Juri_Uluots, lk 6
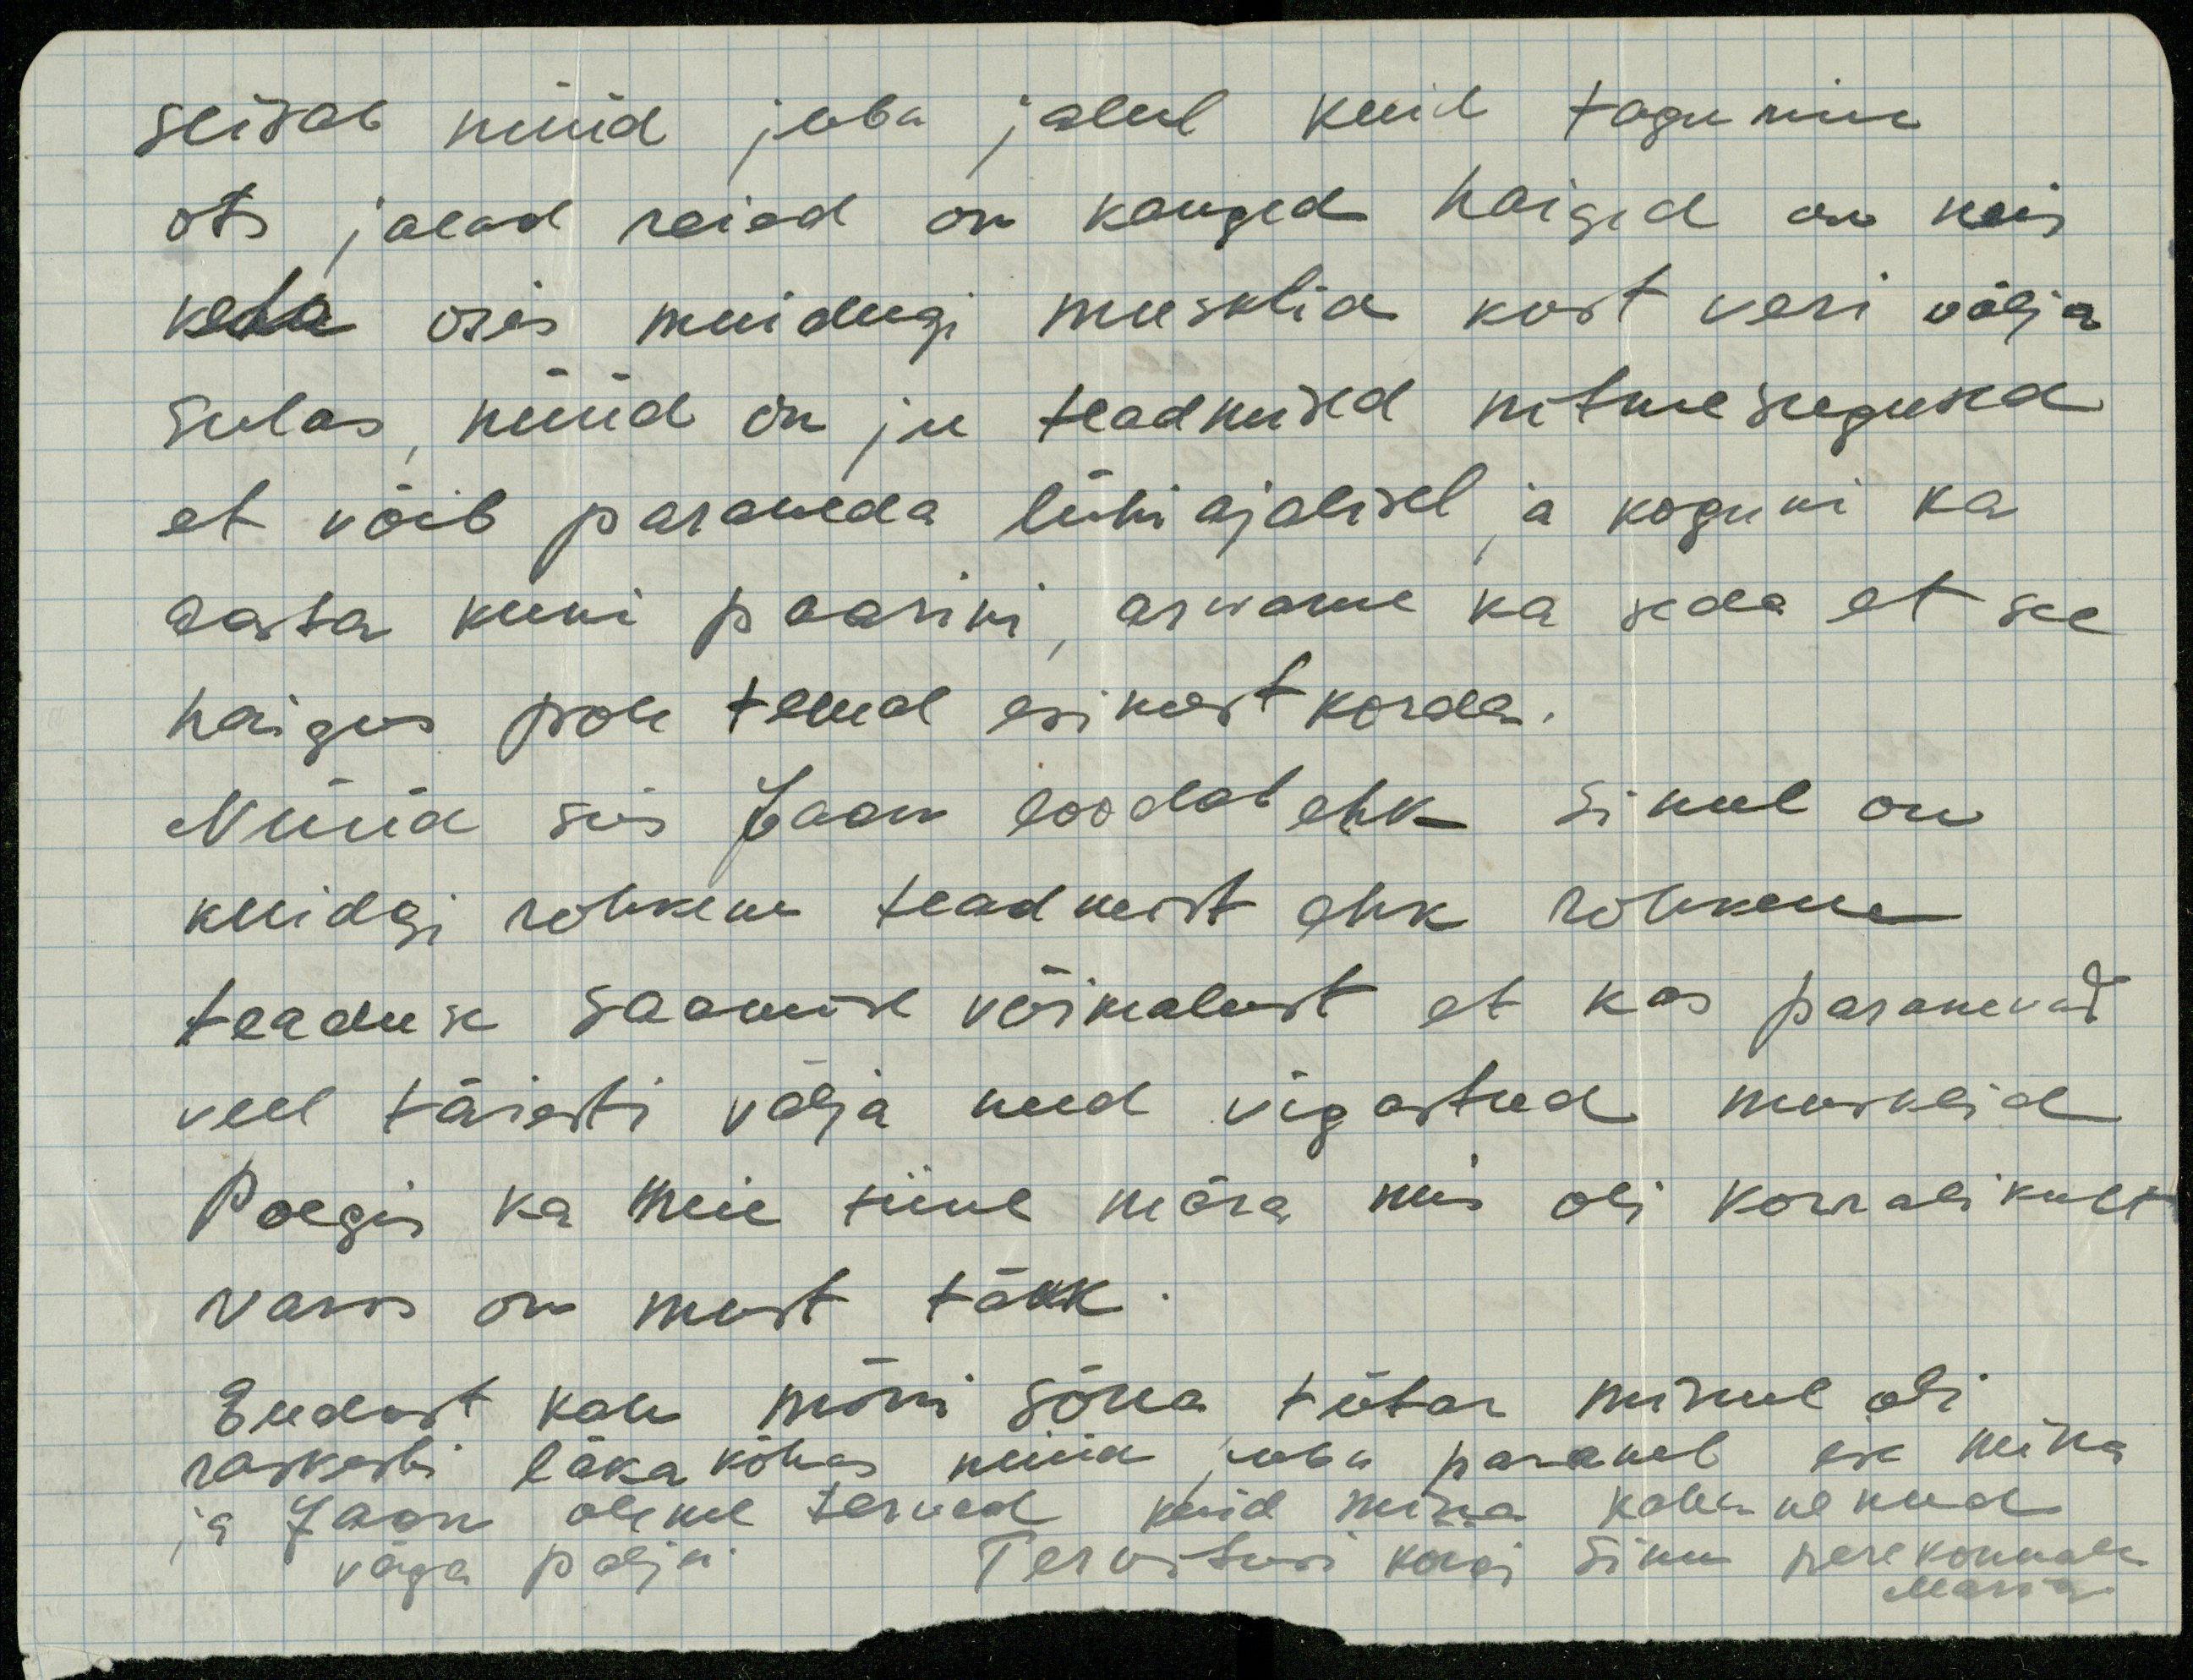
seisab nüüd juba jalul kuid tagumine
ots jalad reied on kanged haiged on neis
keha osis muidugi musklid kost veri välja
sulas, nüüd on ju teadmised mitmesugused
et võib paraneda lühi ajalisel ja koguni ka
aasta kuni paarini, arwame ka seda et see
haigus pole temal esimest korda.
Nüüd siis Jaan loodab ehk sinul on
kuidgi rohkem teadmist ehk rohkem
teaduse saamise võimalust et kas paranevad
veel täiesti välja need vigastud musklid
Poegis ka meie tiine mära mis oli korralikult
varss on must täkk
Endest kah mõni sõna tütar minul oli
raskesti läka köhas nüüd juba paraneb ise mina
ja Jaan oleme terved kuid mina kahanenud
väga palju. Tervitusi kõigi sinu perekonnale
Maria